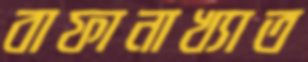
বাফানাখ্যাত